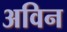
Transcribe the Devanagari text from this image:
अविन